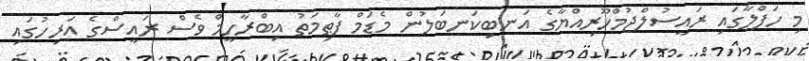
މި ހަފްލާގައި ރައީސުލްޖުމްހޫރިއްޔާގެ އަނބިކަނބަލުން މެޑަމް ފާޠިމަތު އިބްރާހީމް ވެސް ރައީސްގެ އަރިހުގައި